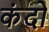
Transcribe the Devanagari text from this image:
कंदो